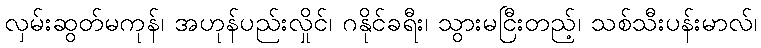
လှမ်းဆွတ်မကုန်၊ အဟုန်ပည်းလှိုင်၊ ဂနိုင်ခရီး၊ သွားမငြီးတည့်၊ သစ်သီးပန်းမာလ်၊